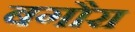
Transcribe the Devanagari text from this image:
बगौरा